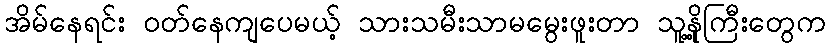
အိမ်နေရင်း ဝတ်နေကျပေမယ့် သားသမီးသာမမွေးဖူးတာ သူ့နို့ကြီးတွေက